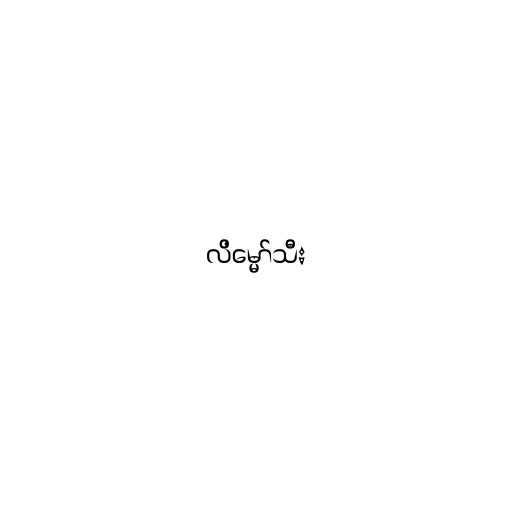
လိမ္မော်သီး